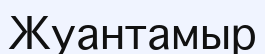
Жуантамыр